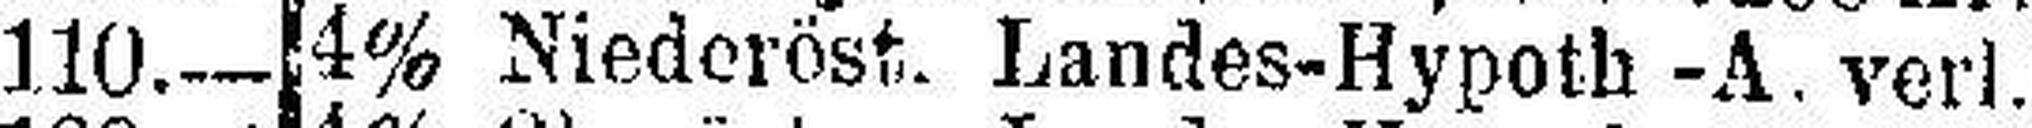
4% Niederöst. Landes-Hypoth-A. verl.